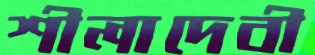
শীলাদেবী